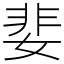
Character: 婓